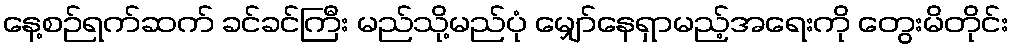
နေ့စဉ်ရက်ဆက် ခင်ခင်ကြီး မည်သို့မည်ပုံ မျှော်နေရှာမည့်အရေးကို တွေးမိတိုင်း